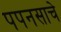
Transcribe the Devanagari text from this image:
पपनसाचे